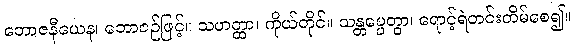
ဘောဇနီယေန၊ ဘောဇဉ်ဖြင့်။ သဟတ္ထာ၊ ကိုယ်တိုင်။ သန္တပ္ပေတွာ၊ ရောင့်ရဲတင်းတိမ်စေ၍။